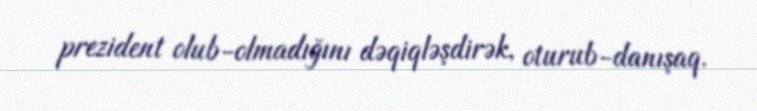
prezident olub-olmadığını dəqiqləşdirək, oturub-danışaq.